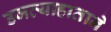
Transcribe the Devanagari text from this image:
उजव्याहाताने